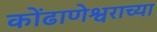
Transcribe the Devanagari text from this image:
कोंढाणेश्वराच्या